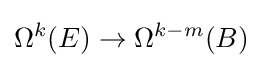
\Omega ^{k}(E)\to \Omega ^{k-m}(B)